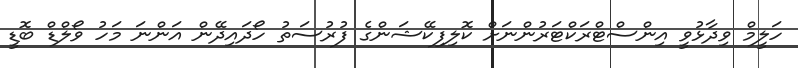
ހަލީމް ވިދާޅުވީ އިންސްޓްރަކްޓަރުންނަށް ކޮލިފިކޭޝަންގެ ފުރުސަތު ހޯދައިދޭން އަންނަ މަހު ވޯލްޑް ބޮޑީ